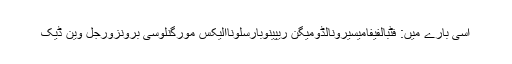
اسی بارے میں: فٹبالفیفامیسیرونالڈومیگن ریپینوبارسلوناالیکس مورگنلوسی برونزورجل وین ڈیک